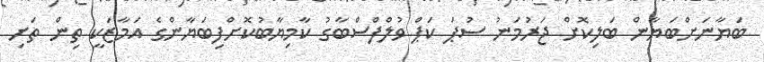
ބަޔާނަށްބަޔާން ބަލިކޮށް ޖަރުމަނު ސުޕަ ކަޕް ވުލްފްސްބާގު ކާމިޔާބުކޮށްފިބަޔާންގެ އަމާޒަކީ ތިން ތަށި